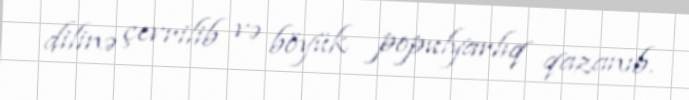
dilinə çevrilib və böyük populyarlıq qazanıb.